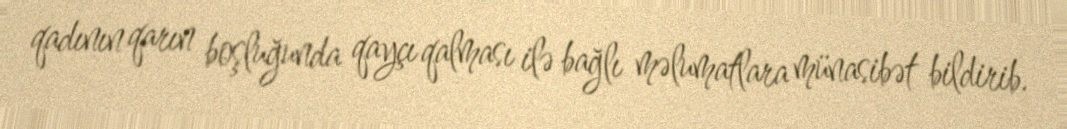
qadının qarın boşluğunda qayçı qalması ilə bağlı məlumatlara münasibət bildirib.